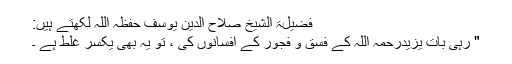
فضیلۃ الشیخ صلاح الدین یوسف حفظہ اللہ لکھتے ہیں:
" رہی بات یزیدرحمہ اللہ کے فسق و فجور کے افسانوں کی ، تو یہ بھی یکسر غلط ہے ۔